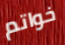
خواتم